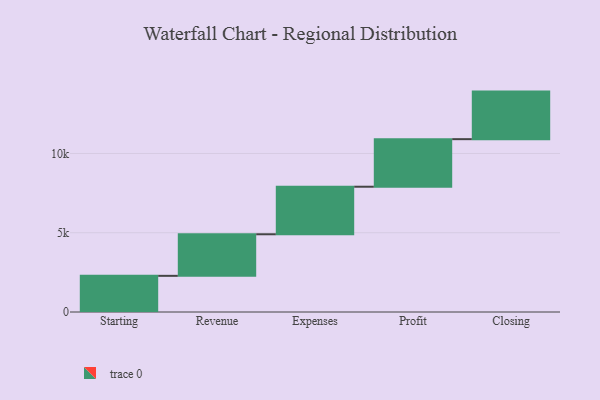
{"axis": {"x": "Step", "y": "Value"}, "legend": [""], "data": [{"x": "Starting", "y": 2281.0, "type": ""}, {"x": "Revenue", "y": 2622.0, "type": ""}, {"x": "Expenses", "y": 3000, "type": ""}, {"x": "Profit", "y": 3000, "type": ""}, {"x": "Closing", "y": 3000, "type": ""}]}